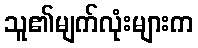
သူ၏မျက်လုံးများက